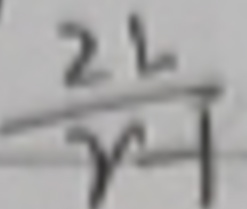
\frac{2L}{\gamma - 1}